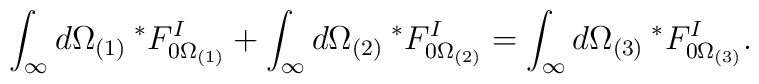
\int_{\infty} d\Omega_{(1)} \> {}^*F^I_{0 \Omega_{(1)}} + \int_{\infty} d\Omega_{(2)} \> {}^*F^I_{0 \Omega_{(2)}} = \int_{\infty} d\Omega_{(3)} \> {}^*F^I_{0 \Omega_{(3)}}.